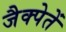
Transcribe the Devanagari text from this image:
जैक्पेतें